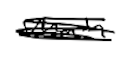
Text: main
Cross-out: scratch
Writing tool: digital_black